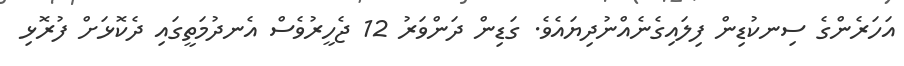
އަހަރެންގެ ސިނކުޑިން ފިލައިގެނެއްނުދިޔައެވެ. ގަޑިން ދަންވަރު 12 ޖެހީރުވެސް އެނދުމަތީގައި ދެކޮޅަށް ފުރޮޅި